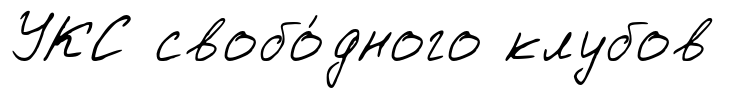
УКС свобо́дного клубов